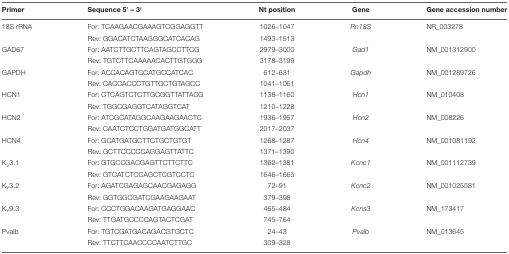
<table><thead><tr><td><b>Primer</b></td><td><b>Sequence 5′ – 3′</b></td><td><b>Nt position</b></td><td><b>Gene</b></td><td><b>Gene accession number</b></td></tr></thead><tbody><tr><td>18S rRNA</td><td>For: TCAAGAACGAAAGTCGGAGGTT</td><td>1026–1047</td><td><i>Rn18S</i></td><td>NR_003278</td></tr><tr><td></td><td>Rev: GGACATCTAAGGGCATCACAG</td><td>1493–1513</td><td></td><td></td></tr><tr><td>GAD67</td><td>For: AATCTTGCTTCAGTAGCCTTCG</td><td>2979–3000</td><td><i>Gad1</i></td><td>NM_001312900</td></tr><tr><td></td><td>Rev: TGTCTTCAAAAACACTTGTGGG</td><td>3178–3199</td><td></td><td></td></tr><tr><td>GAPDH</td><td>For: ACCACAGTCCATGCCATCAC</td><td>612–631</td><td><i>Gapdh</i></td><td>NM_001289726</td></tr><tr><td></td><td>Rev: CACCACCCTGTTGCTGTAGCC</td><td>1041–1061</td><td></td><td></td></tr><tr><td>HCN1</td><td>For: CTCAGTCTCTTGCGGTTATTACG</td><td>1138–1160</td><td><i>Hcn1</i></td><td>NM_010408</td></tr><tr><td></td><td>Rev: TGGCGAGGTCATAGGTCAT</td><td>1210–1228</td><td></td><td></td></tr><tr><td>HCN2</td><td>For: ATCGCATAGGCAAGAAGAACTC</td><td>1936–1957</td><td><i>Hcn2</i></td><td>NM_008226</td></tr><tr><td></td><td>Rev: CAATCTCCTGGATGATGGCATT</td><td>2017–2037</td><td></td><td></td></tr><tr><td>HCN4</td><td>For: GCATGATGCTTCTGCTGTGT</td><td>1268–1287</td><td><i>Hcn4</i></td><td>NM_001081192</td></tr><tr><td></td><td>Rev: GCTTCCCCCAGGAGTTATTC</td><td>1371–1390</td><td></td><td></td></tr><tr><td>K<sub>v</sub>3.1</td><td>For: GTGCCGACGAGTTCTTCTTC</td><td>1362–1381</td><td><i>Kcnc1</i></td><td>NM_001112739</td></tr><tr><td></td><td>Rev: GTCATCTCCAGCTCGTCCTC</td><td>1646–1665</td><td></td><td></td></tr><tr><td>K<sub>v</sub>3.2</td><td>For: AGATCGAGAGCAACGAGAGG</td><td>72–91</td><td><i>Kcnc2</i></td><td>NM_001025581</td></tr><tr><td></td><td>Rev: GGTGGCGATCGAAGAAGAAT</td><td>379–398</td><td></td><td></td></tr><tr><td>K<sub>v</sub>9.3</td><td>For: CCCTGGACAAGATGAGGAAC</td><td>465–484</td><td><i>Kcns3</i></td><td>NM_173417</td></tr><tr><td></td><td>Rev: TTGATGCCCCAGTACTCGAT</td><td>745–764</td><td></td><td></td></tr><tr><td>Pvalb</td><td>For: TGTCGATGACAGACGTGCTC</td><td>24–43</td><td><i>Pvalb</i></td><td>NM_013645</td></tr><tr><td></td><td>Rev: TTCTTCAACCCCAATCTTGC</td><td>309–328</td><td></td><td></td></tr></tbody></table>